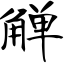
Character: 觯